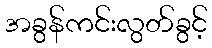
အခွန်ကင်းလွတ်ခွင့်